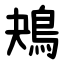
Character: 鴂